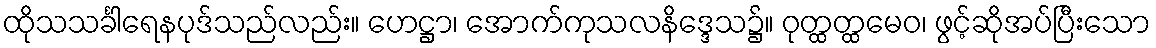
ထိုသသင်္ခါရေနပုဒ်သည်လည်း။ ဟေဋ္ဌာ၊ အောက်ကုသလနိဒ္ဒေသ၌။ ဝုတ္ထတ္ထမေဝ၊ ဖွင့်ဆိုအပ်ပြီးသော